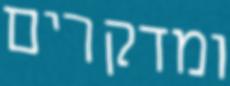
ומדקרים